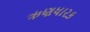
ઋણધારક